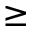
\geq